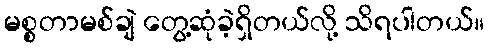
မစ္စတာမစ်ချဲ တွေ့ဆုံခဲ့ရှိတယ်လို့ သိရပါတယ်။